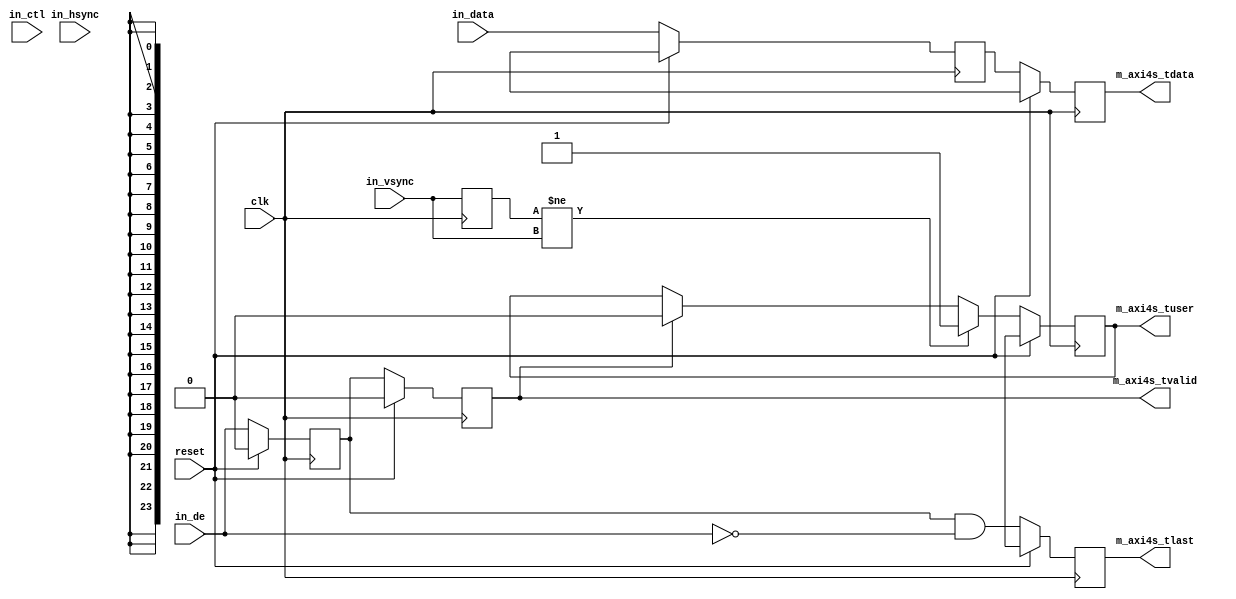
// ---------------------------------------------------------------------------
//  Jelly  -- The FPGA processing system
//
//                                 Copyright (C) 2008-2015 by Ryuji Fuchikami
//                                 https://github.com/ryuz/jelly.git
// ---------------------------------------------------------------------------



`timescale 1ns / 1ps
`default_nettype none



//  Video Input
module jelly_vin_axi4s
        #(
            parameter   WIDTH = 24
        )
        (
            input   wire                reset,
            input   wire                clk,
            
            // input timing
            input   wire                in_vsync,
            input   wire                in_hsync,
            input   wire                in_de,
            input   wire    [WIDTH-1:0] in_data,
            input   wire    [3:0]       in_ctl,
            
            // slave AXI4-Stream (input)
            output  wire    [0:0]       m_axi4s_tuser,
            output  wire                m_axi4s_tlast,
            output  wire    [WIDTH-1:0] m_axi4s_tdata,
            output  wire                m_axi4s_tvalid
        );
    
    reg                 st0_vsync;
    reg                 st0_de;
    reg     [WIDTH-1:0] st0_data;
    
    reg                 st1_tuser;
    reg                 st1_tlast;
    reg     [WIDTH-1:0] st1_tdata;
    reg                 st1_tvalid;
    
    always @(posedge clk) begin
        if ( reset ) begin
            st0_vsync  <= in_vsync;
            st0_de     <= 1'b0;
            st0_data   <= {WIDTH{1'bx}};
            
            st1_tuser  <= 1'bx;
            st1_tlast  <= 1'bx;
            st1_tdata  <= {WIDTH{1'bx}};
            st1_tvalid <= 1'b0;
        end
        else begin
            st0_vsync  <= in_vsync;
            st0_de     <= in_de;
            st0_data   <= in_data;
            
            // frame start
            if ( st0_vsync != in_vsync ) begin
                st1_tuser <= 1'b1;
            end
            else if ( st1_tvalid ) begin
                st1_tuser <= 1'b0;
            end
            
            st1_tlast  <= (st0_de && !in_de);
            st1_tdata  <= st0_data;
            st1_tvalid <= st0_de;
        end
    end
    
    assign m_axi4s_tuser  = st1_tuser;
    assign m_axi4s_tlast  = st1_tlast;
    assign m_axi4s_tdata  = st1_tdata;
    assign m_axi4s_tvalid = st1_tvalid;
    
endmodule


`default_nettype wire


// end of file